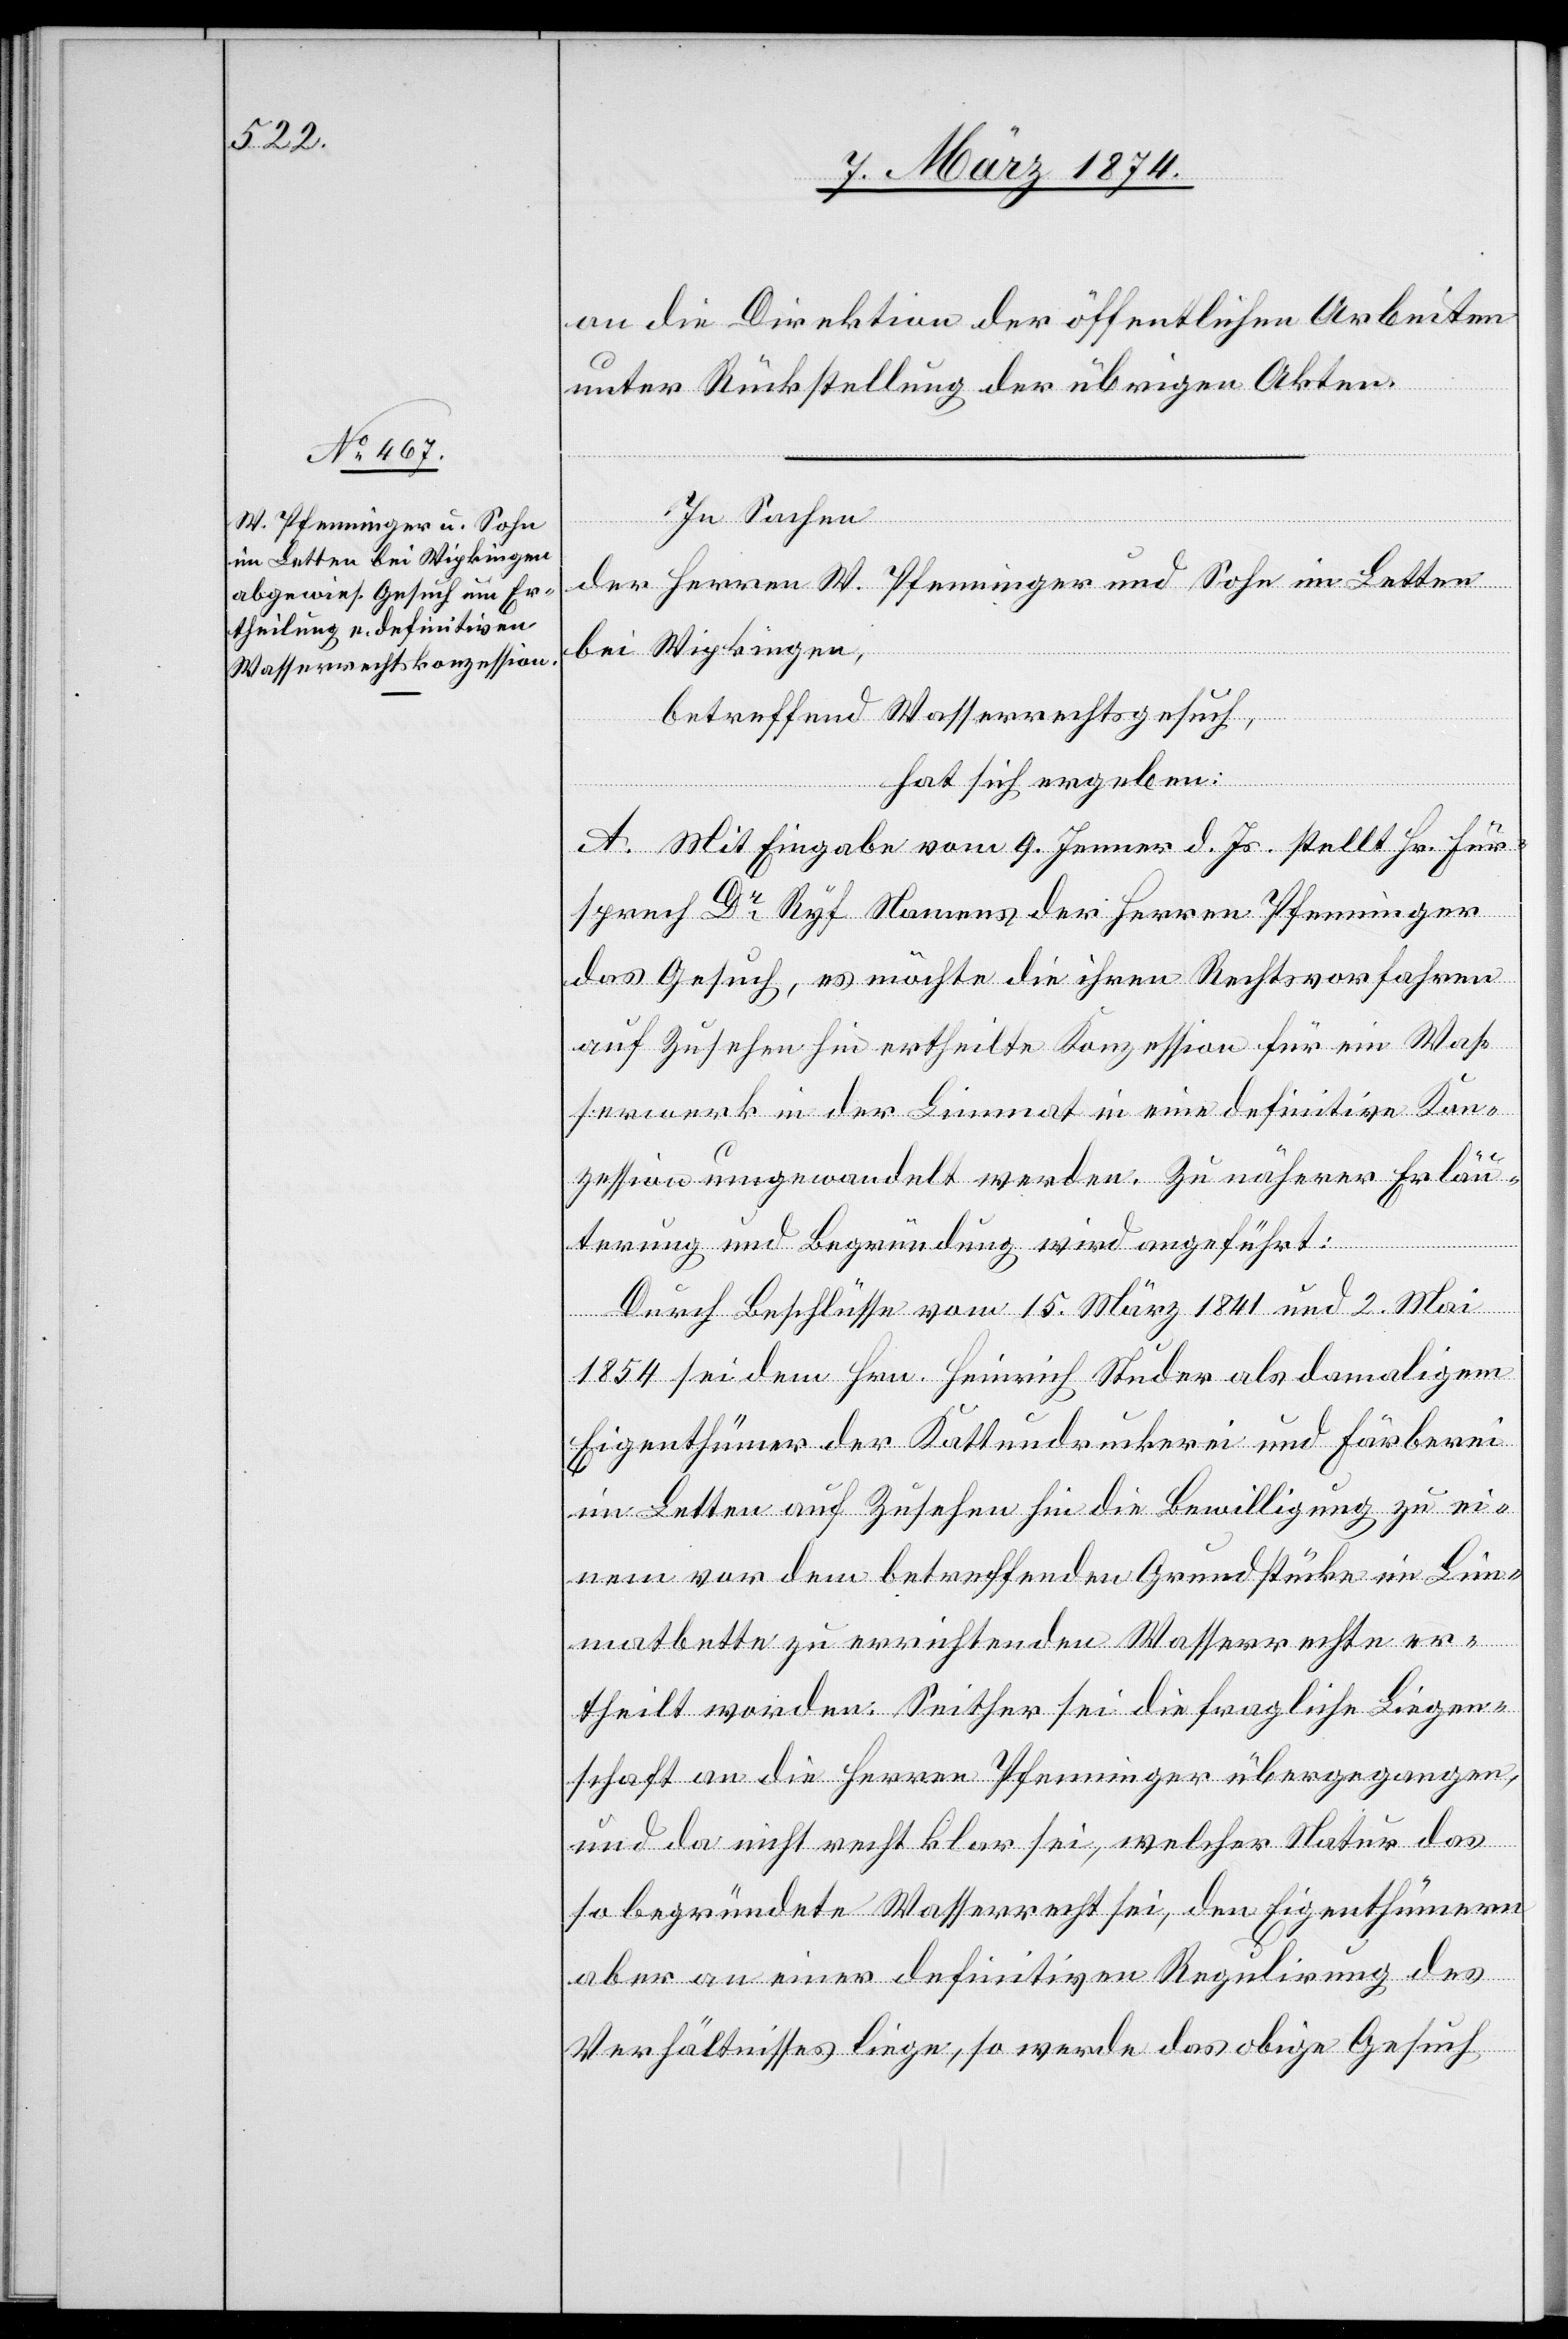
an die Direktion der öffentlichen Arbeiten
unter Rückstellung der übrigen Akten.
In Sachen
der Herren W. Pfenninger und Sohn im Letten
Wipkingen,
bei
betreffend Wasserrechtsgesuch,
hat sich ergeben:
A. Mit Eingabe vom 9. Jenner d. Js. stellt Hr. Für¬
sprech Dr Ryf Namens der Herren Pfenninger
das Gesuch, es möchte die ihren Rechtsvorfahren
auf Zusehen hin ertheilte Konzession für ein Was¬
serwerk in der Limmat in eine definitive Kon¬
zession umgewandelt werden. Zu näherer Erläu¬
terung und Begründung wird angeführt:
Durch Beschlüsse vom 15. März 1841 und 2. Mai
1854 sei dem Hrn. Heinrich Studer als damaligem
Eigenthümer der Kattundruckerei und Färberei
im Letten auf Zusehen hin die Bewilligung zu ei¬
nem vor dem betreffenden Grundstücke im Lim¬
matbette zu errichtenden Wasserrechte er¬
theilt worden. Seither sei die fragliche Liegen¬
schaft an die Herren Pfenninger übergegangen,
und da nicht recht klar sei, welcher Natur das
so begründete Wasserrecht sei, den Eigenthümern
aber an einer definitiven Regulirung des
Verhältnisses liege, so werde das obige Gesuch